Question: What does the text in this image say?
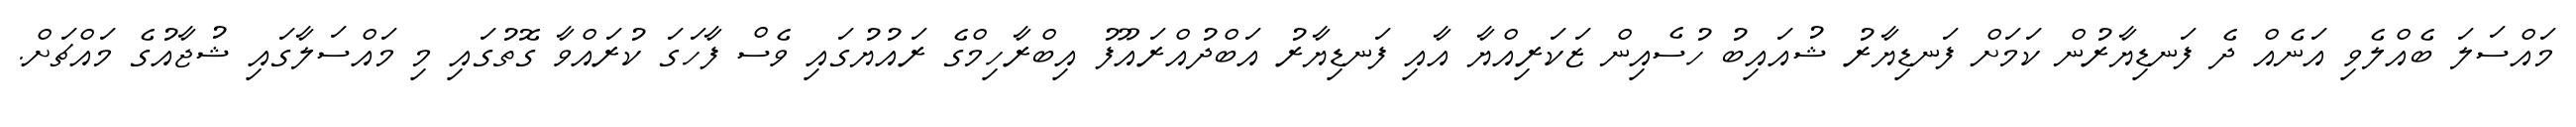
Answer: މައްސަލަ ބެއްލެވި އަނެއް ދެ ފަނޑިޔާރުން ކަމަށް ފަނޑިޔާރު ޝުއައިބު ހުސެއިން ޒަކަރިއްޔާ އާއި ފަނޑިޔާރު އަބްދުއްރައޫފު އިބްރާހިމްގެ ރައުޔުގައި ވެސް ފާހަގަ ކުރައްވާ ގޮތުގައި މި މައްސަލާގައި ޝުޖާއުގެ މައްޗަށް.